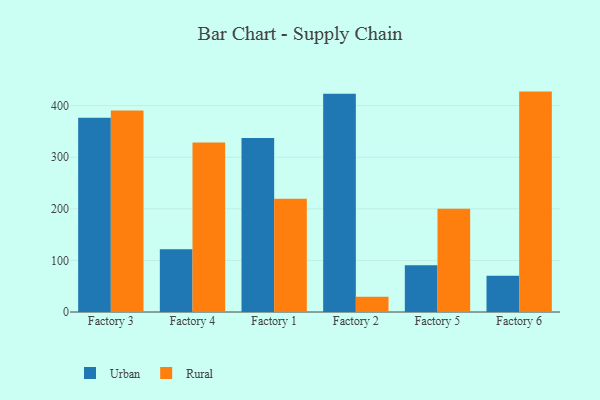
{"axis": {"x": "Factory", "y": "Energy Usage (MWh)"}, "legend": ["Rural", "Urban"], "data": [{"x": "Factory 3", "y": 376.5, "type": "Urban"}, {"x": "Factory 3", "y": 390.4, "type": "Rural"}, {"x": "Factory 4", "y": 121.6, "type": "Urban"}, {"x": "Factory 4", "y": 328.5, "type": "Rural"}, {"x": "Factory 1", "y": 337.5, "type": "Urban"}, {"x": "Factory 1", "y": 219.3, "type": "Rural"}, {"x": "Factory 2", "y": 423.2, "type": "Urban"}, {"x": "Factory 2", "y": 29.5, "type": "Rural"}, {"x": "Factory 5", "y": 90.8, "type": "Urban"}, {"x": "Factory 5", "y": 199.9, "type": "Rural"}, {"x": "Factory 6", "y": 70.3, "type": "Urban"}, {"x": "Factory 6", "y": 427.2, "type": "Rural"}]}